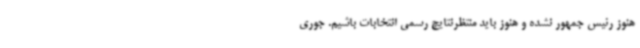
هنوز رئیس جمهور نشده و هنوز باید منتظرنتایج رسمی انتخابات باشیم. جوری